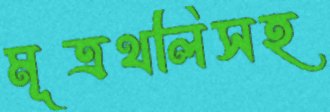
মূত্রথলিসহ